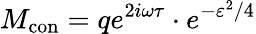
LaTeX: M_{\mathrm{{con}}}=qe^{2i\omega\tau}\cdot e^{-\varepsilon^{2}/4}